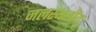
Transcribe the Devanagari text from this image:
जलस्थलीय